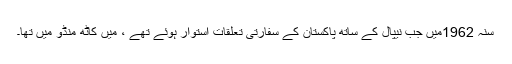
سنہ 1962میں جب نیپال کے ساتھ پاکستان کے سفارتی تعلقات استوار ہوئے تھے ، میں کاٹھ منڈو میں تھا۔